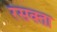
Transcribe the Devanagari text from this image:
रसक्ता